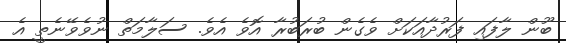
ބޫން ލާފައި ފަރުދާއަކަށް ވެގެން ބުރަބުރާ އޮވެ އެވެ. ސަލާމަތް ނުވެވޭނެތީ އެ